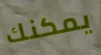
يمكنك